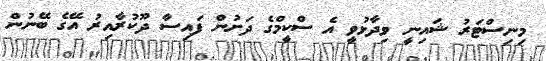
މިނިސްޓަރު ޝައިނީ ވިދާޅުވީ އެ ސްކީމްގެ ދަށުން ފައިސާ ދޫކުރާއިރު އޭގެ ބޭނުން